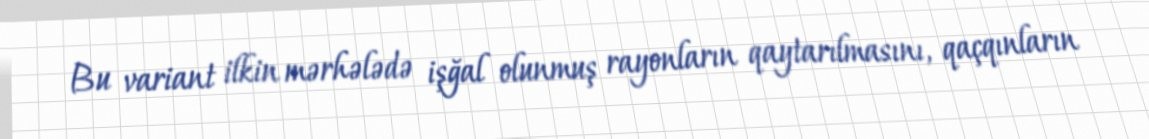
Bu variant ilkin mərhələdə işğal olunmuş rayonların qaytarılmasını, qaçqınların